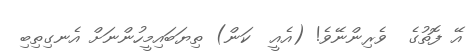
އޭ ފޮތުގެ  ވެރިންނޭވެ! (އެއީ  ކަން) ތިޔަބައިމީހުންނަށް އެނގިތިބި